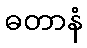
ဓတာနံ